Leaving Certificate, 1896
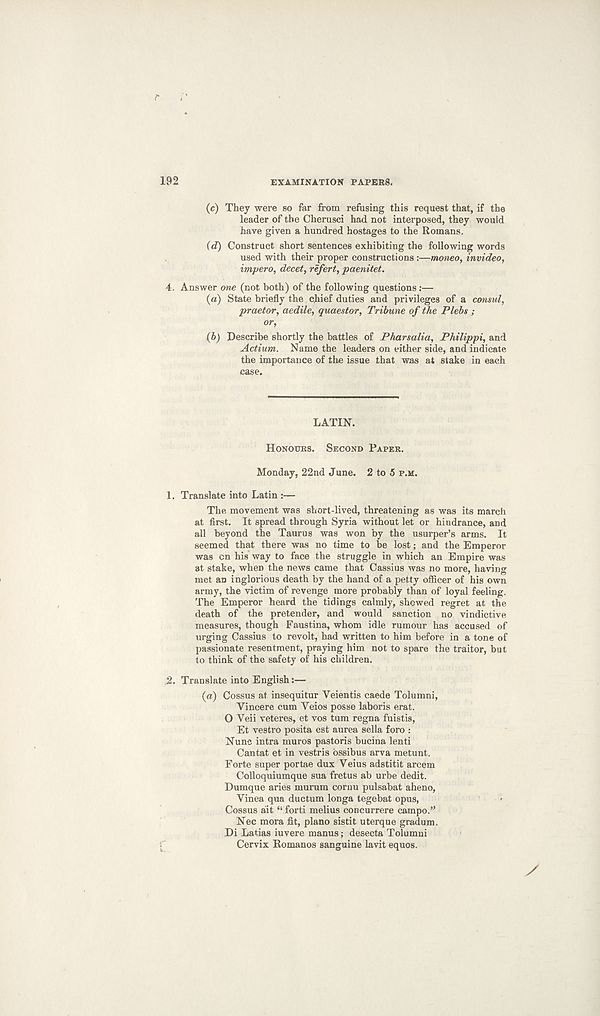
192
EXAMINATION PAPERS.
(c) They were so far from refusing this request that, if the
leader of the Oherusci had not interposed, they would
have given a hundred hostages to the Romans.
(d) Construct short sentences exhibiting the following words
used with their proper constructions :—moneo, invideo,
impero, decet, rifert, paenitet.
4. Answer one (not both) of the following questions:—
(a) State briefly the chief duties and privileges of a consul,
praetor, aedile, quaestor. Tribune of the Plebs ;
(b) Describe shortly the battles of Pharsalia, Philippi, and
Actium. Name the leaders on either side, and indicate
the importance of the issue that was at stake in each
case.
LATIN.
HONOURS. SECOND PAPER.
Monday, 22nd June. 2 to 5 P.M.
1. Translate into Latin :—
The movement was short-lived, threatening as was its march
at first. It spread through Syria without let or hindrance, and
all beyond the Taurus was won by the usurper’s arms. It
seemed that there was no time to be lost; and the Emperor
was cn his way to face the struggle in which an Empire was
at stake, when the news came that Cassius was no more, having
met an inglorious death by the hand of a petty officer of his own
army, the victim of revenge more probably than of loyal feeling.
The Emperor heard the tidings calmly, showed regret at the
death of the pretender, and would sanction no vindictive
measures, though Faustina, whom idle rumour has accused of
urging Cassius to revolt, had written to him before in a tone of
passionate resentment, praying him not to spare the traitor, but
to think of the safety of his children.
2. Translate into English:—
(a) Cossus at insequitur Yeientis caede Tolumni,
Yincere cum Veios posse laboris erat.
O Veii veteres, et vos turn regna fuistis,
Et vestro posita est aurea sella foro :
Nunc intra muros pastoris bucina lenti
Cantat et in vestris bssibus arva metunt.
Forte super portae dux Veius adstitit arcem
Colloquiumque sua fretus ab urbe dedit.
Dumque aries murum cornu pulsabat aheno,
Vinea qua ductum longa tegebat opus,
Cossus ait “ forti melius concurrere campo.”
Nec mora fit, piano sistit uterque gradum.
Di Latias iuvere manus; desecta Tolumui
Cervix Romanos sanguine lavit equos.